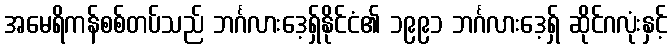
အမေရိကန်စစ်တပ်သည် ဘင်္ဂလားဒေ့ရှ်နိုင်ငံ၏ ၁၉၉၁ ဘင်္ဂလားဒေ့ရှ် ဆိုင်ဂလုံးနှင့်